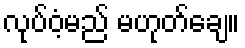
လုပ်ဝံ့မည် မဟုတ်ချေ။